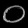
Digit: ၀